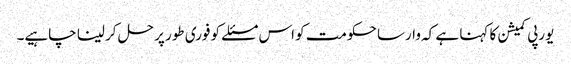
یورپی کمیشن کا کہنا ہے کہ وارسا حکومت کو اس مسئلے کو فوری طور پر حل کر لینا چاہیے۔